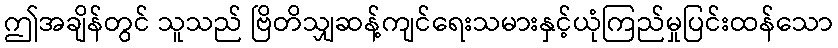
ဤအချိန်တွင် သူသည် ဗြိတိသျှဆန့်ကျင်ရေးသမားနှင့်ယုံကြည်မှုပြင်းထန်သော